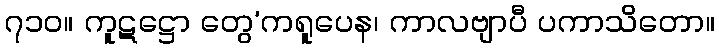
၇၁၀။ ကူဋဋ္ဌော တွေ’ကရူပေန၊ ကာလဗျာပီ ပကာသိတော။